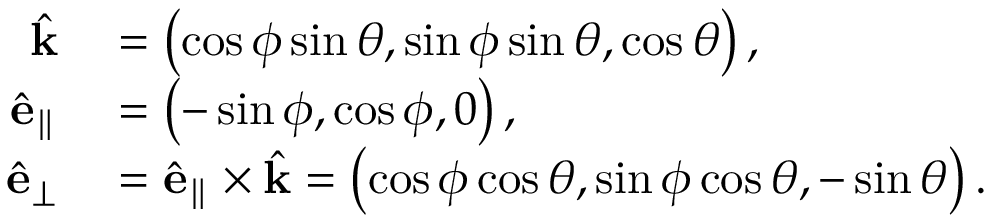
\begin{array} { r l } { \hat { \mathbf { k } } } & { { } = \left( \cos \phi \sin \theta , \sin \phi \sin \theta , \cos \theta \right) , } \\ { \hat { \mathbf { e } } _ { \parallel } } & { { } = \left( - \sin \phi , \cos \phi , 0 \right) , } \\ { \hat { \mathbf { e } } _ { \perp } } & { { } = \hat { \mathbf { e } } _ { \parallel } \times \hat { \mathbf { k } } = \left( \cos \phi \cos \theta , \sin \phi \cos \theta , - \sin \theta \right) . } \end{array}